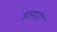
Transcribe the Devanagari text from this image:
डागरो